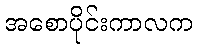
အစောပိုင်းကာလက